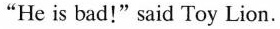
"He is bad!" said Toy Lion.